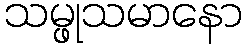
သမ္ဖုသမာနော